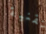
تقنية